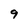
Character: 9